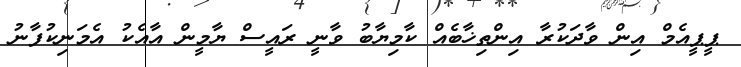
ޕީޕީއެމް އިން ވާދަކުރާ އިންތިޚާބެއް ކާމިޔާބު ވާނީ ރައީސް ޔާމީން އާއެކު އެމަނިކުފާނު